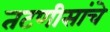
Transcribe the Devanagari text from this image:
तटणीसांचे